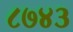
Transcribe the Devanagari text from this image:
८७४३